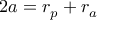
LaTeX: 2 a = r _ { p } + r _ { a }